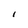
Character: l